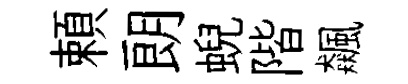
頼朗蜺階飆